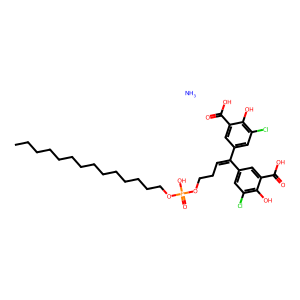
SMILES: CCCCCCCCCCCCCCOP(=O)(O)OCCC=C(c1cc(Cl)c(O)c(C(=O)O)c1)c1cc(Cl)c(O)c(C(=O)O)c1.N
Inhibits HIV replication: No